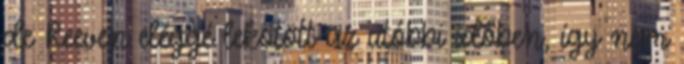
de Reeven eléggé lekötött az utóbbi időben, így nem